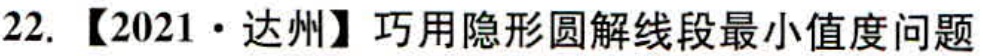
22. 【2021·达州】巧用隐形圆解线段最小值度问题